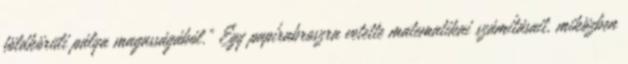
földkörüli pálya magasságából.” Egy papírabroszra vetette matematikai számításait, miközben